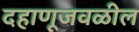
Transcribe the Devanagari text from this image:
दहाणूजवळील